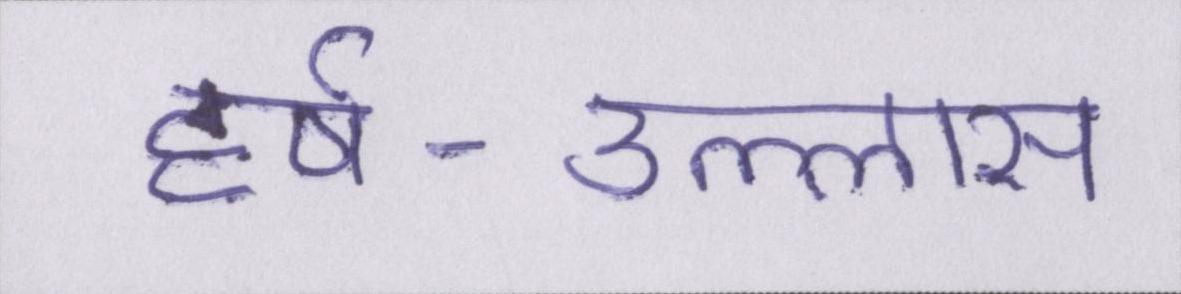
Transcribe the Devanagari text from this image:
हर्ष-उल्लास